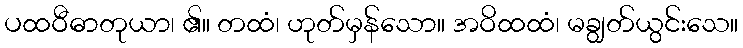
ပထဝီဓာတုယာ၊ ၏။ တထံ၊ ဟုတ်မှန်သော။ အဝိထထံ၊ မချွတ်ယွင်းသေ။